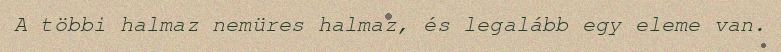
A többi halmaz nemüres halmaz, és legalább egy eleme van.